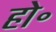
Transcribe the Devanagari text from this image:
हो॰